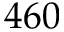
4 6 0